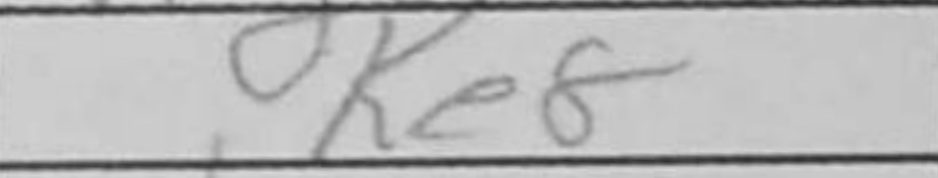
Transcription: Ke8